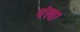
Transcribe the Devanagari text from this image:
पंख।